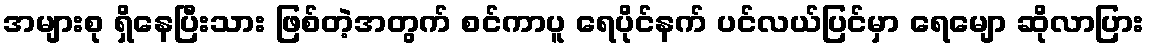
အများစု ရှိနေပြီးသား ဖြစ်တဲ့အတွက် စင်ကာပူ ရေပိုင်နက် ပင်လယ်ပြင်မှာ ရေမျော ဆိုလာပြား